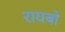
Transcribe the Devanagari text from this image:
रायबो